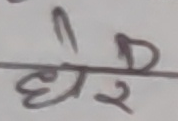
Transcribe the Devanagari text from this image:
घेर